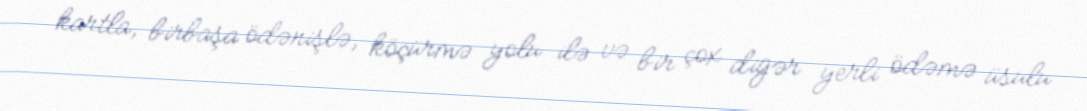
kartla, birbaşa ödənişlə, köçürmə yolu ilə və bir çox digər yerli ödəmə üsulu